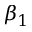
\beta _ { 1 }